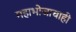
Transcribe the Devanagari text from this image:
महाभोजाचाही